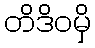
တိဒိဝမှိ